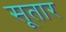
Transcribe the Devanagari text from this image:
सूतार